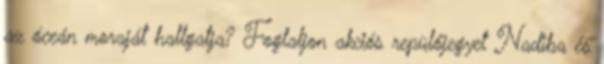
az óceán moraját hallgatja? Foglaljon akciós repülőjegyet Nadiba és